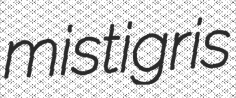
mistigris